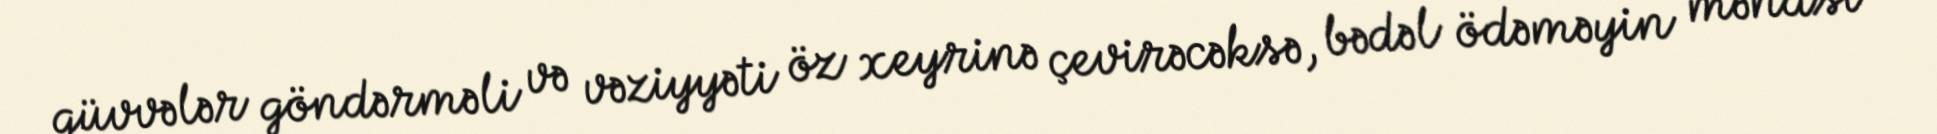
qüvvələr göndərməli və vəziyyəti öz xeyrinə çevirəcəksə, bədəl ödəməyin mənası